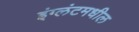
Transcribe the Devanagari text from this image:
इंग्लंटमधील